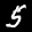
Label: 5